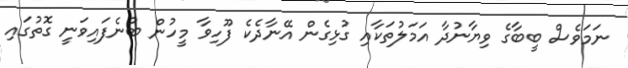
ނަމަވެސް ބީބާގެ ވިޔާނުދާ އަމަލުތަކާއި ގުޅިގެން އޭނާދެކެ ފޫހިވާ މީހުން ބުނެފައިވަނީ ގޮތުގައި